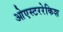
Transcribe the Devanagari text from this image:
ओएस्टररेकिश